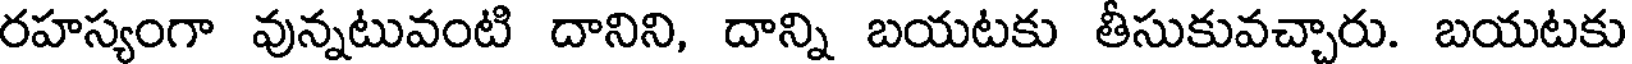
రహస్యంగా వున్నటువంటి దానిని, దాన్ని బయటకు తీసుకువచ్చారు. బయటకు